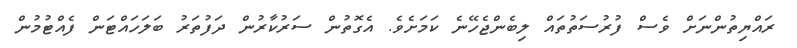
ރައްޔިތުންނަށް ވެސް ފުރުސަތުތައް ލިބެންޖެހޭނެ ކަމަށެވެ. އެގޮތުން ސަރުކާރުން ދަފުތަރު ބަލަހައްޓަން ފެއްޓުމުން